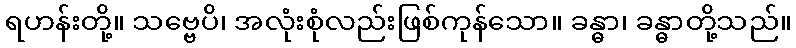
ရဟန်းတို့။ သဗ္ဗေပိ၊ အလုံးစုံလည်းဖြစ်ကုန်သော။ ခန္ဓာ၊ ခန္ဓာတို့သည်။